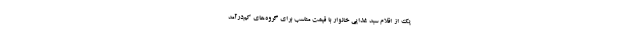
یک از اقلام سبد غذایی خانوار با قیمت مناسب برای گروه‌های کم‌درآمد